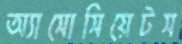
অ্যাসোসিয়েটস